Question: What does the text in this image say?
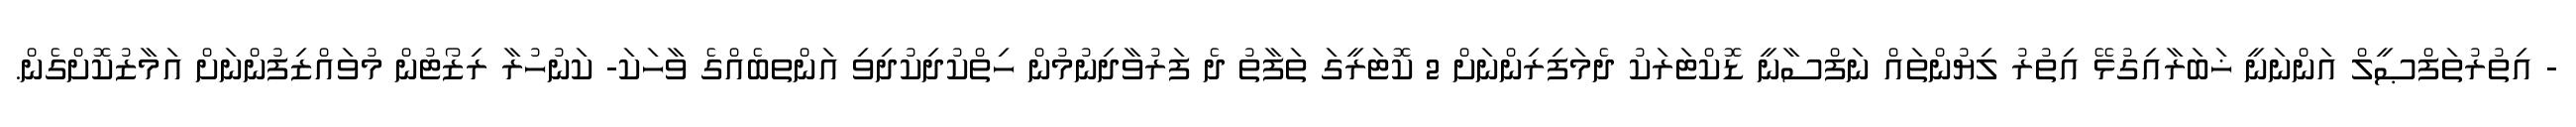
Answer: - އިތުރުތަފްޞީލް އަންނަނީ ޚަބަރާއިގުޅޭ އިތުރު ލިޔުންތައް ނަފްސާނީ ޑޮކްޓަރަކު ދެމަފިރިންނަށް 2 ކޮޓަރީގަ ތަފާތު ދެ ފަރުވާދިނުމުން ހިތްކުދިކުދިވި އަންތބެއްގެ ވާހަކަ- ކަނުހުރާ ރިޒޯޓުން މުވައްޒިފުންނަށް އަމާޒުކޮށްގެން.